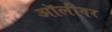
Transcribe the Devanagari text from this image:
ऑलीवर